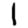
Digit: 1